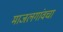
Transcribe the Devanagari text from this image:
माजलगांवचा